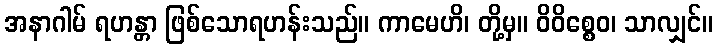
အနာဂါမ် ရဟန္တာ ဖြစ်သောရဟန်းသည်။ ကာမေဟိ၊ တို့မှ။ ဝိဝိစ္စေဝ၊ သာလျှင်။